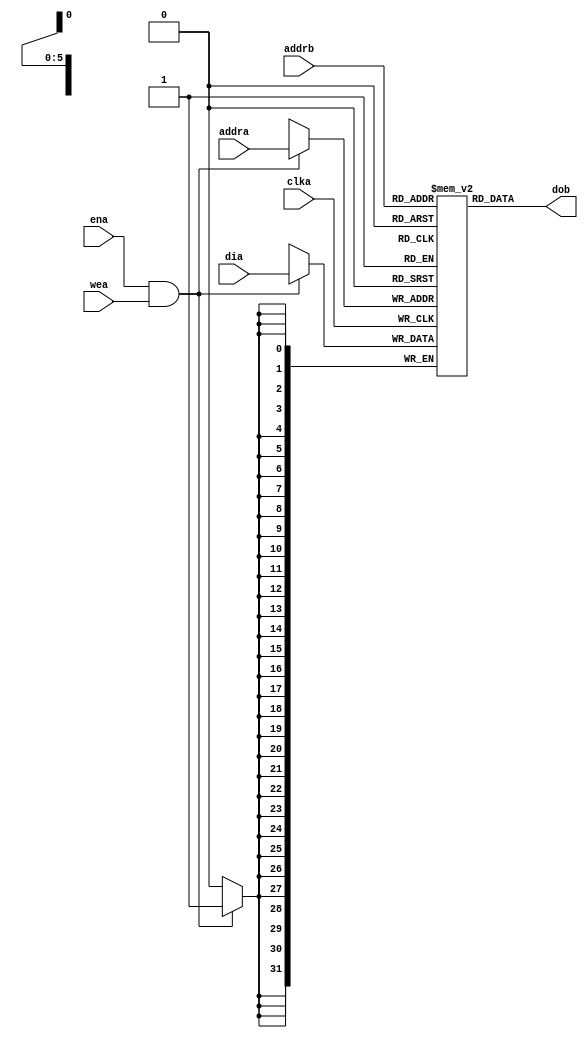
//                              -*- Mode: Verilog -*-
// Description     : Asynchronous simple dual port RAM
// Last Modified By: Christophe Clienti
// Update Count    : 0
// Status          : Unknown, Use with caution!
// Copyright (C) 2013-2016 Christophe Clienti - All Rights Reserved

`timescale 1 ns / 100 ps

module asdpmem
  #(parameter DEPTH = 6,
    parameter WIDTH = 32)

   (input wire              clka, ena, wea,
    input wire [DEPTH-1:0]  addra,
    input wire [WIDTH-1:0]  dia,

    input wire [DEPTH-1:0]  addrb,
    output wire [WIDTH-1:0] dob);

   reg [WIDTH-1:0]    ram[2**DEPTH-1:0];

   always @ (posedge clka) begin
      if((ena & wea) == 1'b1) begin
         ram[addra] <= dia;
      end
   end

   assign dob = ram[addrb];


endmodule // asdpmem